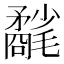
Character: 𣰲